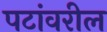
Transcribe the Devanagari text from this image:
पटांवरील